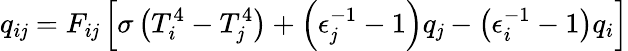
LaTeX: q_{i\mathit{j}}=F_{i\mathit{j}}\left[\sigma\left(T_{i}^{4}-T_{\mathit{j}}^{4}\right)+\left(\epsilon_{\mathit{j}}^{-1}-1\right)q_{\mathit{j}}-\left(\epsilon_{i}^{-1}-1\right)q_{i}\right]